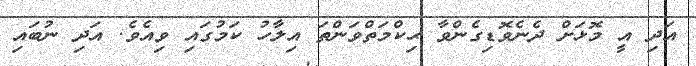
އަދި އީ މޮޅަށް ދެނެވޮޑިގެންވާ ޙިކްމަތްވަންތަ އިލާހު ކަމުގައި ވިއެވެ. އަދި ނުބައި